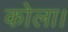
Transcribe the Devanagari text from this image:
कोला।